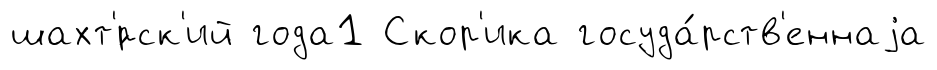
шахт'́рск'ий года1 Скор'ика госуда́рств'еннаjа